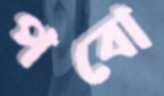
পবো